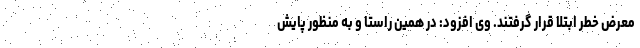
معرض خطر ابتلا قرار گرفتند. وی افزود: در همین راستا و به منظور پایش